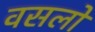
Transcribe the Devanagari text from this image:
वसलो